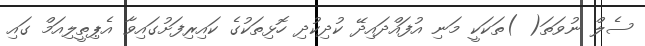
ސެލް ނުވަތަ( )ތަކަކީ މަނި އުފައްދައިދޭ ކުދިކުދި ހޮޅިތަކުގެ ކައިރިފަށުގައިވާ އެޕިތީލިއަމް ގައި